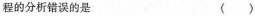
程的分析错误的是 ()